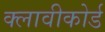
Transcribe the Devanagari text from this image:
क्लावीकोर्ड